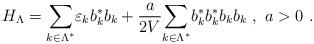
LaTeX: \begin{align*}H_{\Lambda }= {\sum_{k\in \Lambda^{*}} }\varepsilon_{k}b_{k}^{*}b_{k}+\frac{a}{2V}{\sum_{k\in\Lambda^{*}}} b_{k}^{*}b_{k}^{*}b_{k}b_{k}\ , \ a>0 \ .\end{align*}